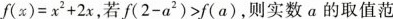
$$f ( x ) = x ^ { 2 } + 2 x$$，若$$f ( 2 - a ^ { 2 } ) > f ( a )$$，则实数a的取值范